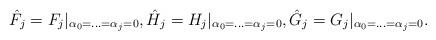
LaTeX: \begin{align*} \hat{F}_j=F_j|_{\alpha_0=\ldots=\alpha_j=0}, \hat{H}_j=H_j|_{\alpha_0=\ldots=\alpha_j=0}, \hat{G}_j=G_j|_{\alpha_0=\ldots=\alpha_j=0}.\end{align*}